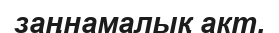
заңнамалық акт.